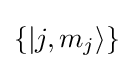
\lbrace |j,m_{j}\rangle \rbrace